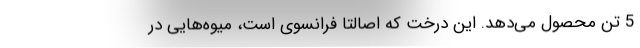
5 تن محصول می­‌دهد. این درخت که اصالتا فرانسوی است، میوه‌­هایی در